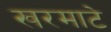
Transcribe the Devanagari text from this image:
खरमाटे